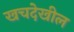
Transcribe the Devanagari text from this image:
खचदेखील